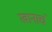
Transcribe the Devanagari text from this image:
खानाचं